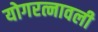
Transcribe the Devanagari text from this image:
योगरत्नावली